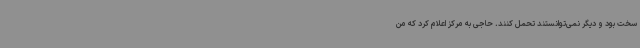
سخت بود و دیگر نمی‌توانستند تحمل کنند. حاجی به مرکز اعلام کرد که من